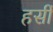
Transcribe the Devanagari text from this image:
हर्सी